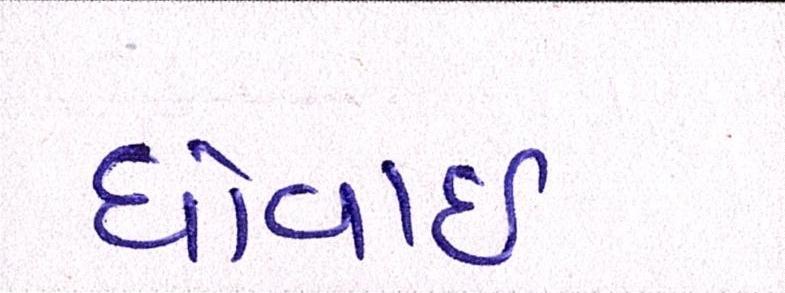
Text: ધોવાઇ